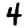
Digit: 4